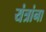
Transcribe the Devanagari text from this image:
यंत्रांना